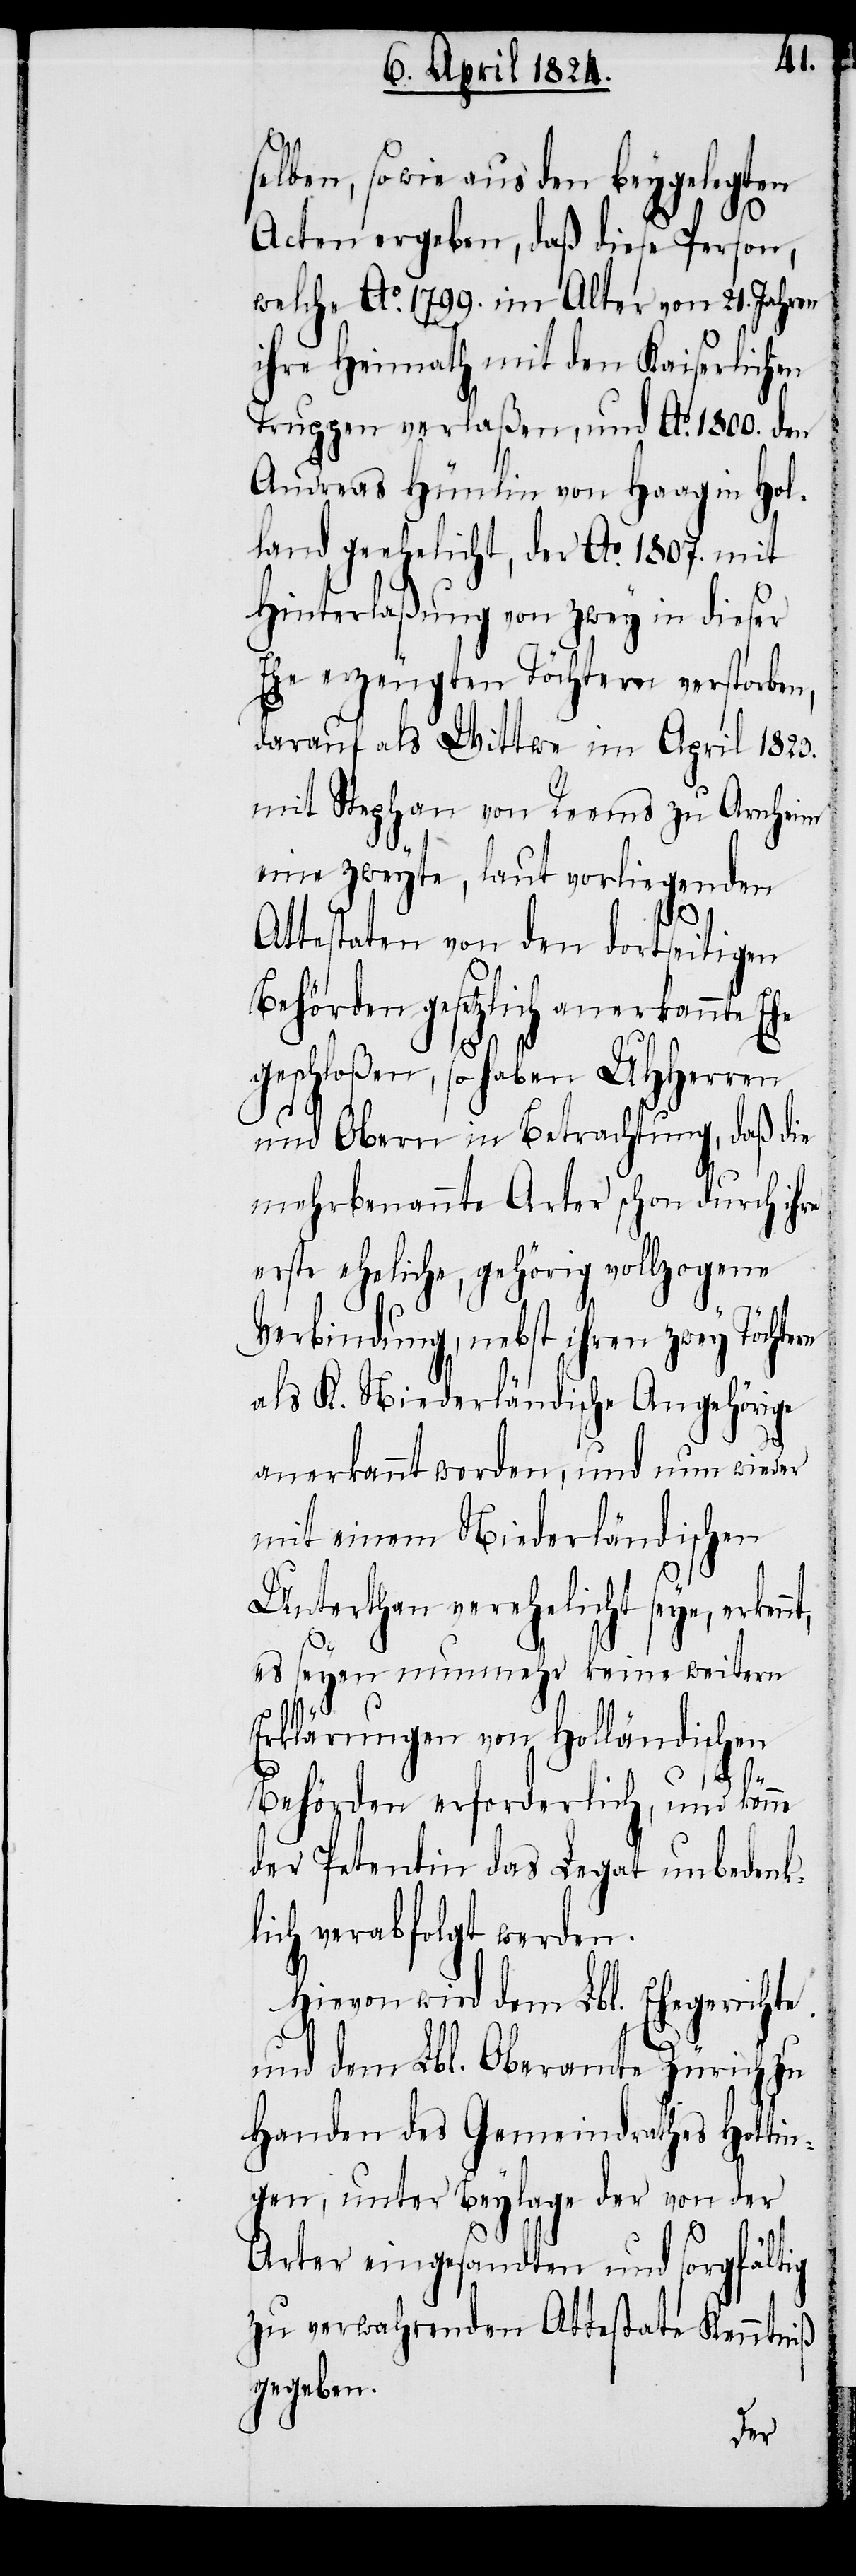
selben, sowie aus den beygelegten
Acten ergeben, daß diese Person,
welche Ao. 1799. im Alter von 21. Jahren
ihre Heimath mit den Kaiserlichen
Truppen verlaßen, und Ao. 1800. den
Andreas Hünlin von Haag in Hol¬
land geehelicht, der Ao. 1807. mit
Hinterlaßung von zwey in dieser
Ehe erzeugten Töchtern verstorben,
darauf als Wittwe im April 1823.
mit Stephan von Reems zu Arnheim
eine zweyte, laut vorliegenden
Attestaten von den dortseitigen
Behörden gesetzlich anerkannte Ehe
geschloßen, so haben UHHerren
und Obern in Betrachtung, daß die
mehrbenannte Arter schon durch ihre
erste eheliche gehörig vollzogene
Verbindung, nebst ihren zwey Töchtern
als K. Niederländische Angehörige
anerkannt worden, und nun wieder
mit einem Niederländischen
Unterthan verehelicht seye, erken¬
es seyen nunmehr keine weitern
Erklärungen von Holländischen
nt,
Behörden erforderlich, und könne
der Petentin das Legat unbedenk¬
lich verabfolgt werden.
Hievon wird dem Lbl. Ehegerichte
und dem Lbl. Oberamte Zürich zu
Handen des Gemeindrathes Hottin¬
gen, unter Beylage der von der
Arter eingesandten und sorgfältig
zu verwahrenden Attestate Kenntniß
gegeben.